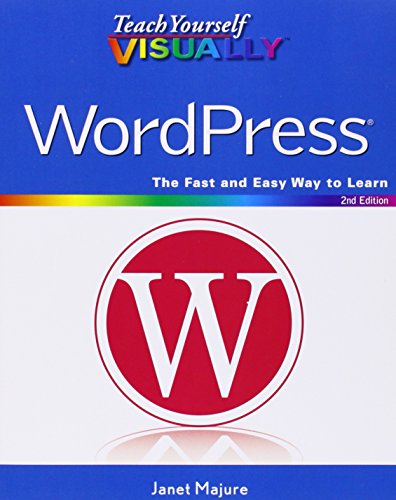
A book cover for Teach Yourself VISUALLY WordPress; Janet Majure; Computers & Technology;